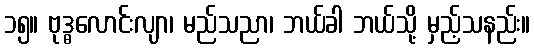
၁၅။ ဗုဒ္ဓလောင်းလျာ၊ မည်သညာ၊ ဘယ်ခါ ဘယ်သို့ မှည့်သနည်း။